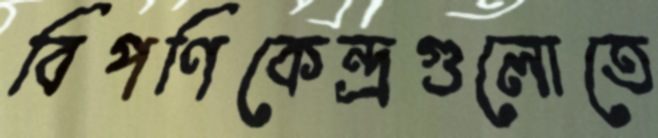
বিপণিকেন্দ্রগুলোতে